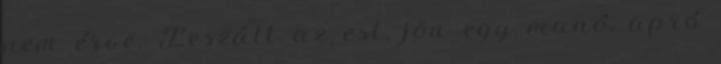
nem érve. Leszáll az est, jön egy manó, apró